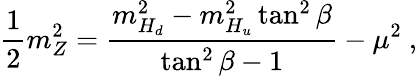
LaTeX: \frac{1}{2}m_{Z}^{2}=\frac{m_{H_{d}}^{2}-m_{H_{u}}^{2}\tan^{2}\beta}{\tan^{2}\beta-1}-\mu^{2}\ ,